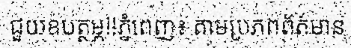
ជួយឧបត្ថម្ភ!!ភ្នំពេញ៖ តាមប្រភពព័ត៌មាន